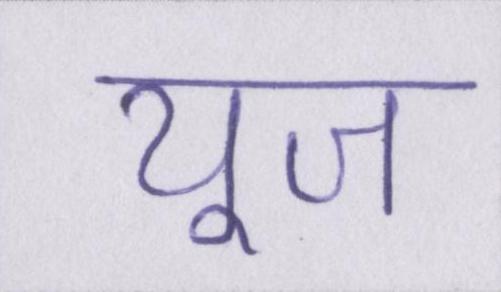
यूज